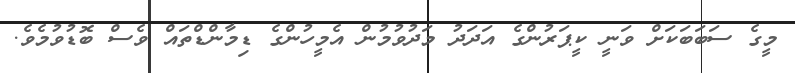
މީގެ ސަބަބަކަށް ވަނީ ކީޕަރުންގެ އަދަދު މަދުވުމުން އެމީހުންގެ ޑިމާންޑްތައް ވެސް ބޮޑުވުމެވެ.